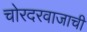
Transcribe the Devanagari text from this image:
चोरदरवाजाची